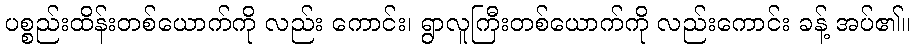
ပစ္စည်းထိန်းတစ်ယောက်ကို လည်း ကောင်း၊ ရွာလူကြီးတစ်ယောက်ကို လည်းကောင်း ခန့် အပ်၏။